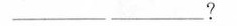
___ ___?